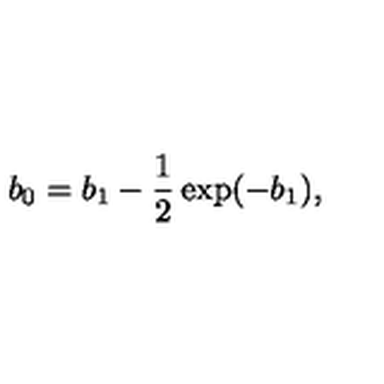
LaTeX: b _ { 0 } = b _ { 1 } - \frac { 1 } { 2 } \exp ( - b _ { 1 } ) ,